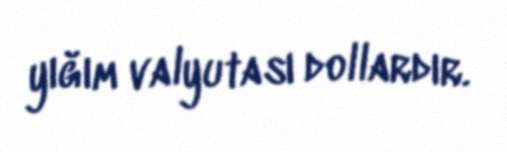
yığım valyutası dollardır.